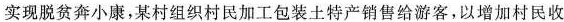
实现脱贫奔小康，某村组织村民加工包装土特产销售给游客，以增加村民收